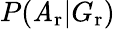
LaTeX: P(\mathit{A}_{\mathrm{{r}}}|G_{\mathrm{{r}}})